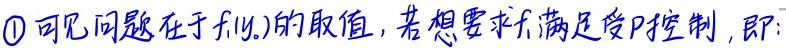
$\textcircled{1}$可见问题在于 \( f(y,\lambda) \) 的取值，若想要求 \( f \) 满足受 \( P \) 控制，即：